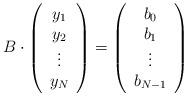
LaTeX: \begin{align*} B \cdot \left(\begin{array}{c} y_1 \\ y_2 \\ \vdots \\ y_{N}\end{array}\right)=\left(\begin{array}{c} b_0 \\ b_1 \\ \vdots \\ b_{N-1}\end{array}\right)\end{align*}